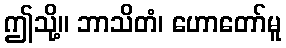
ဤသို့။ ဘာသိတံ၊ ဟောတော်မူ